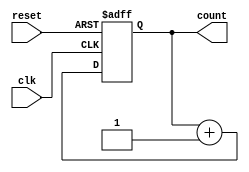
module binary_up_counter #(parameter n = 4) (
    input wire clk,          // Clock signal
    input wire reset,        // Asynchronous reset signal
    output reg [n-1:0] count // n-bit output count
);

// Always block triggered on the rising edge of the clock or when reset is high
always @(posedge clk or posedge reset) begin
    if (reset) begin
        count <= 0; // Reset the count to 0
    end else begin
        count <= count + 1; // Increment the count
    end
end

endmodule